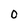
Character: 0